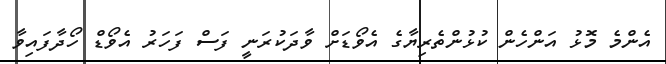
އެންމެ މޮޅު އަންހެން ކުޅުންތެރިޔާގެ އެވޯޑަށް ވާދަކުރަނީ ފަސް ފަހަރު އެވޯޑް ހޯދާފައިވާ